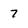
Character: 7